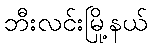
ဘီးလင်းမြို့နယ်